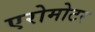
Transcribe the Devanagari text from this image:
एरोमोटर